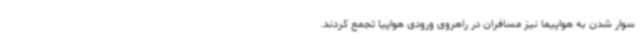
سوار شدن به هواپیما نیز مسافران در راهروی ورودی هواپیا تجمع کردند.